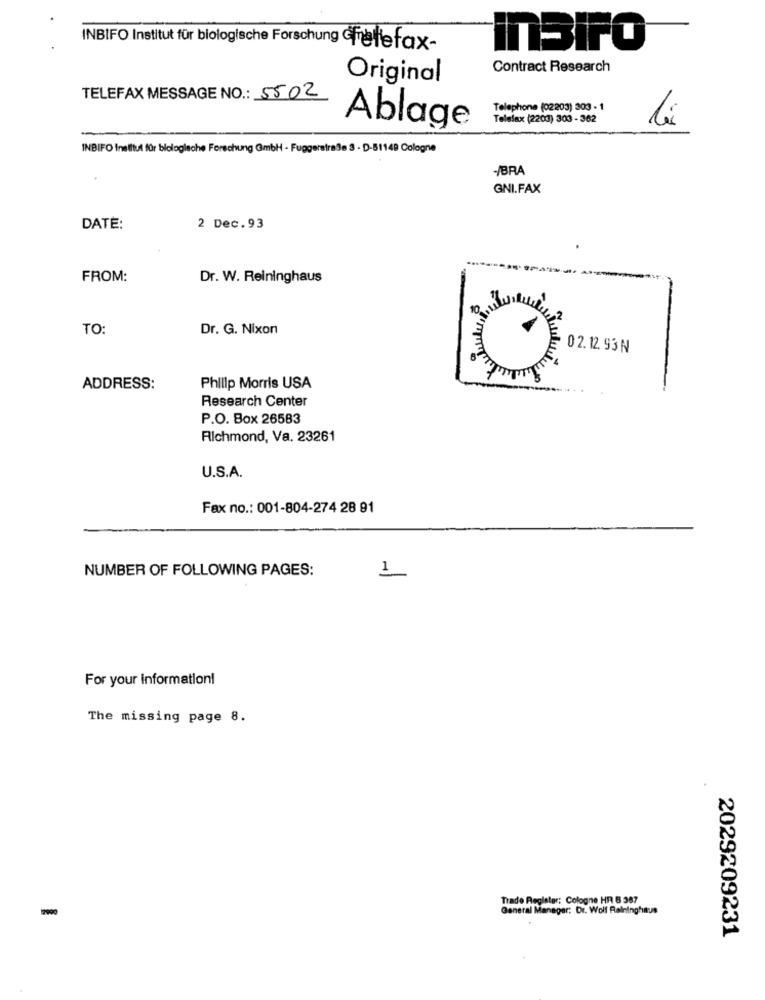
INBIFO Institut für biologische Forschung Greffefax-
InBirO
Contract Research
Original
TELEFAX MESSAGE NO .: 5502
Telephone (02203) 303 - 1
Telefax (2203) 303 - 362
la
Ablage
INBIFO Institut für biologische Forschung GmbH - Fuggerstraße 3 - D-51149 Cologne
-/BRA
GNI.FAX
DATE:
2 Dec.93
FROM:
Dr. W. Reininghaus
10.
TO:
Dr. G. Nixon
02.12. 93 N
ADDRESS:
Philip Morris USA
Research Center
P.O. Box 26583
Richmond, Va. 23261
U.S.A.
Fax no .: 001-804-274 28 91
NUMBER OF FOLLOWING PAGES:
1
For your information!
The missing page 8.
Trade Register: Cologne HR B 387
General Manager: Dr. Wolf Ralninghaus
2029209231